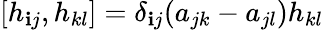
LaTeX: [h_{\mathbf{i}j},h_{kl}]=\delta_{\mathbf{i}j}(a_{jk}-a_{jl})h_{kl}